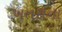
ખતરાના